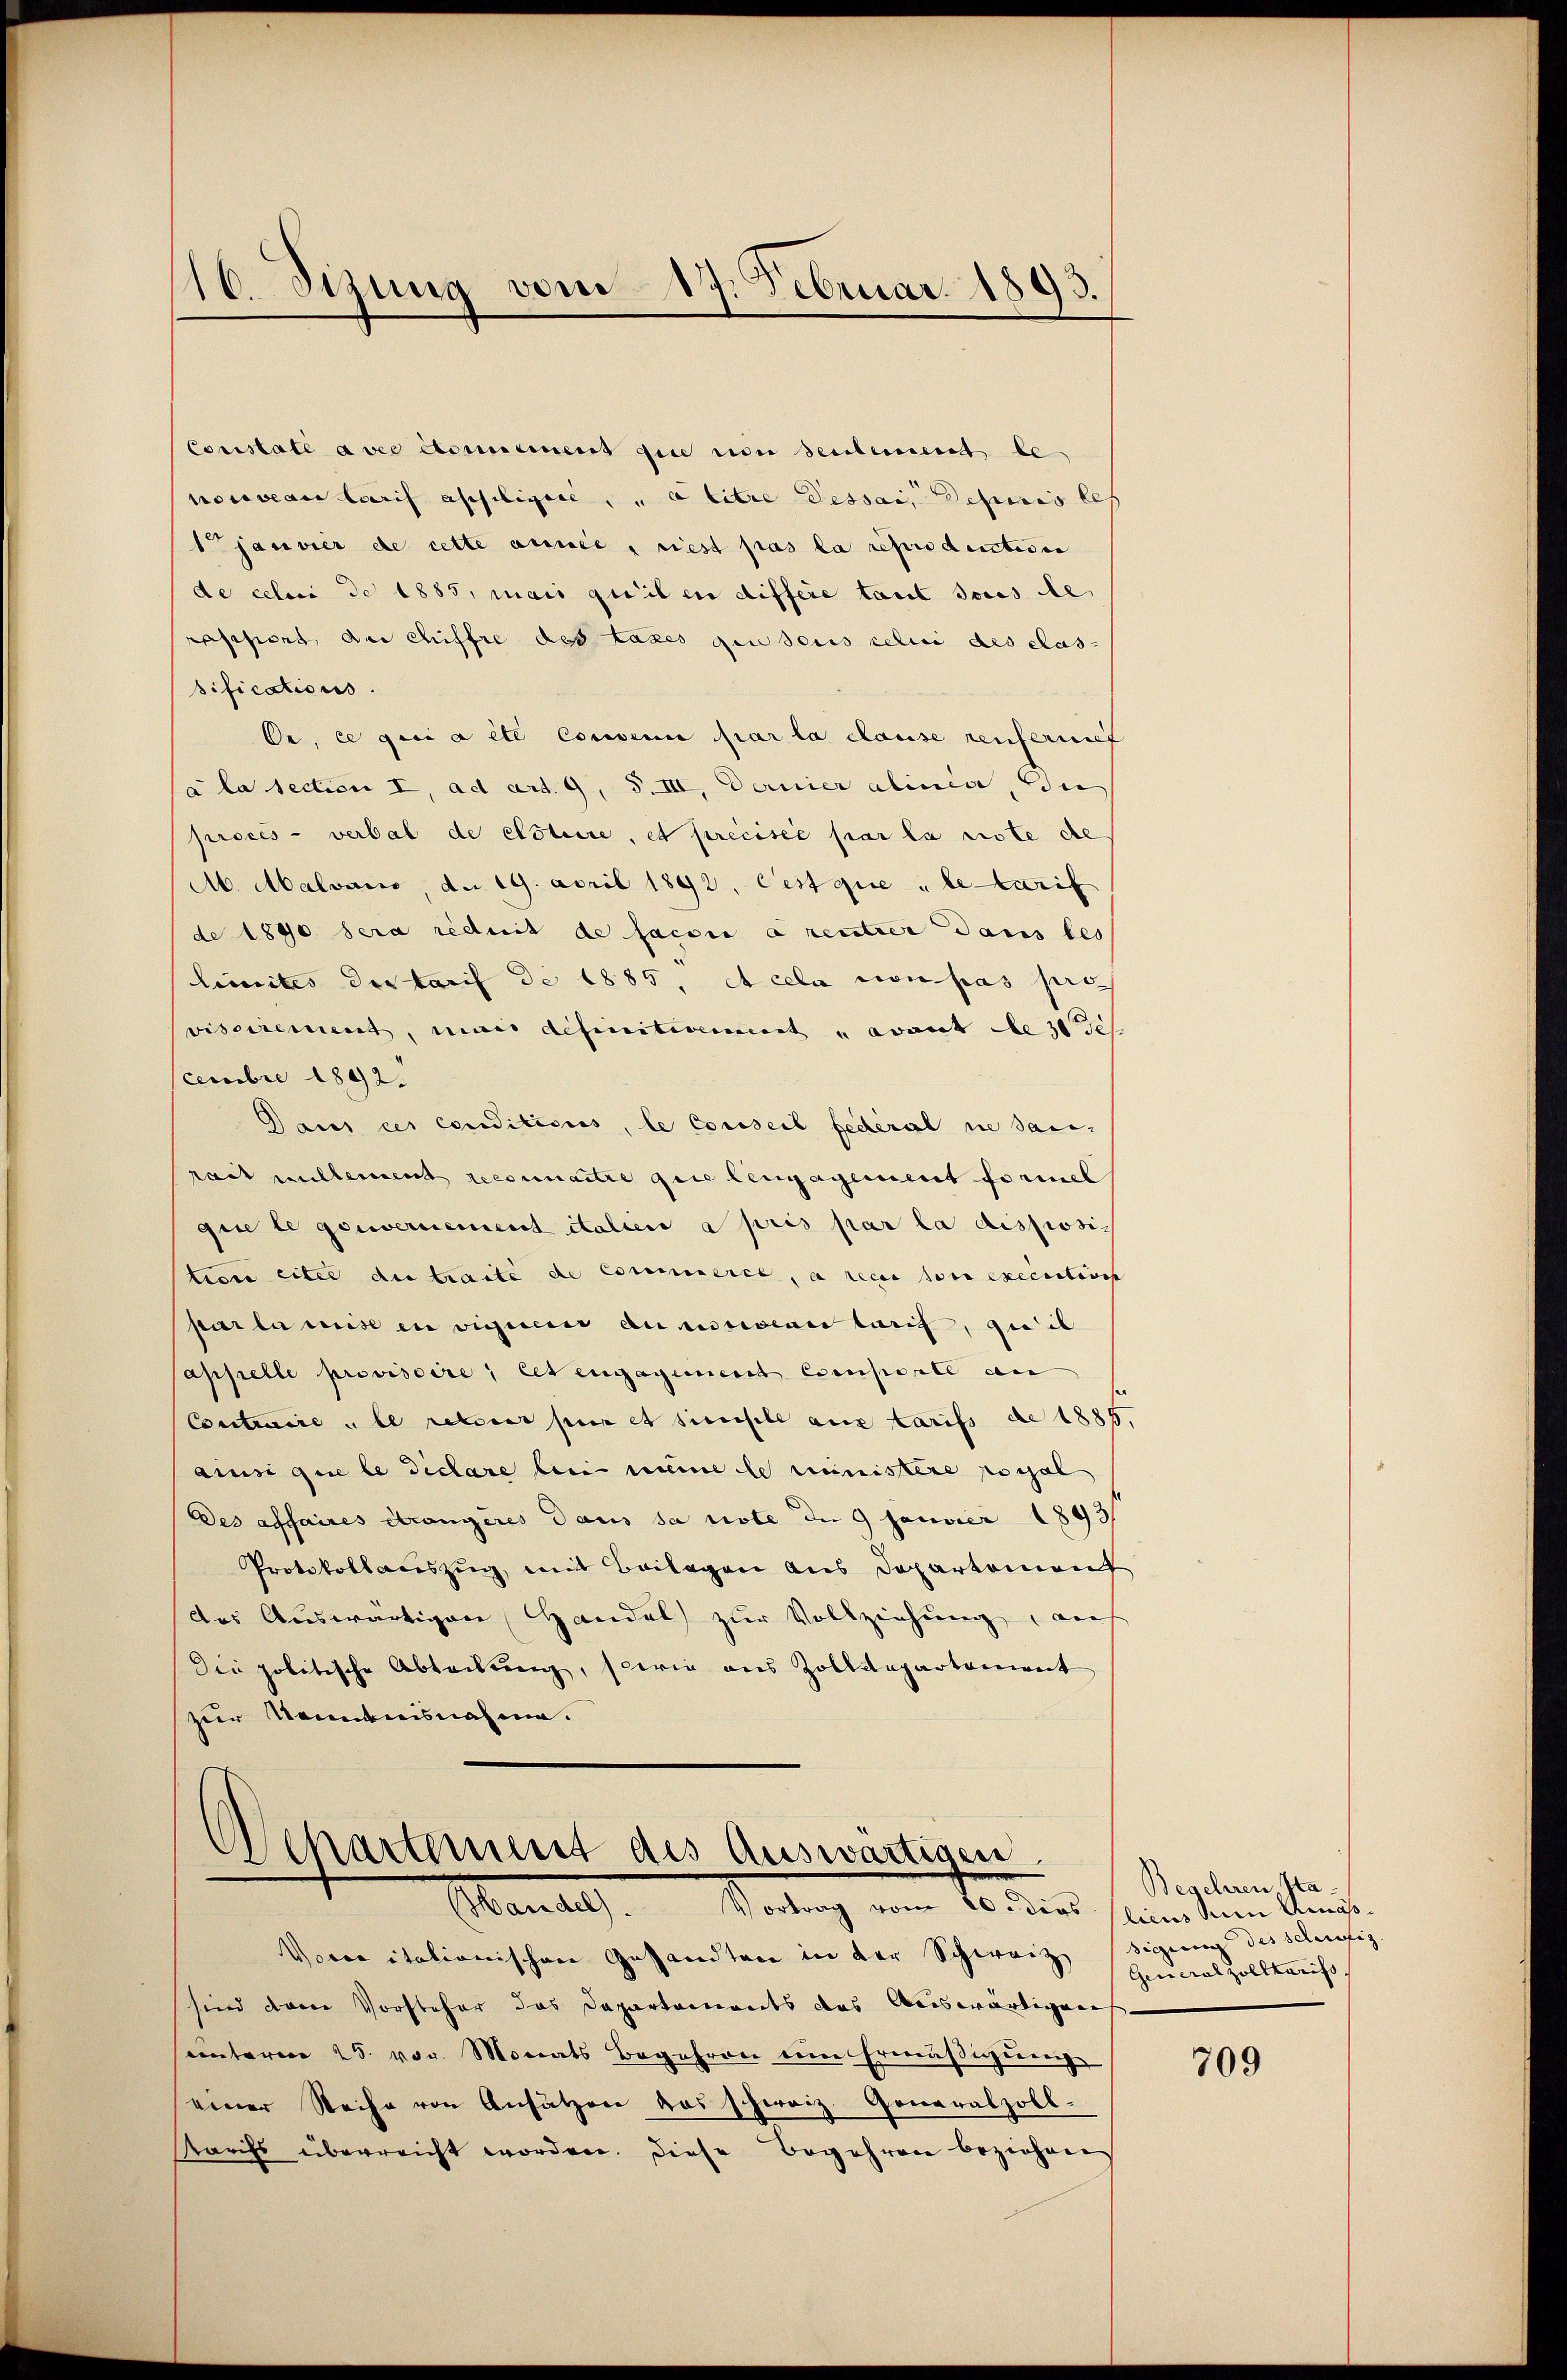
16. Sizung vom 17. Februar 1893.

Constate avec continent die von seulement le
nouveau tarif appeligice, à titre Dessai, Deparis les
1 janvier de cette année, riest pas la reproduction
de celui de 1885, mais quilen differe taut sous le
rassiert der Chiffre des taxes que sous celui des Clas-
sifications.
Oe, ce qui a été conveni par la clause renferief
a la section I, ad art. 9, S. III, Dernier alinie, die
procès-verbal de citiere, et précisée par la note de
M. Malvano, da 19. April 1892. Cest que le tutrif
de 1890 sera réduit de facon a rentier dans les
limites der Tarif de 1885, et cela non pas pro
visoirement, mais definitivement u avant de 30
cembre 1892.
Dans ces conditions, le Conseil federal nie dann
rait millement reconnaitre que lengagement formel
gine le gouvernement italien a pris par la disposi
tion eiter der traite de commerce, a reces son execution
par la mise in viguenir de rescienni tarif, que il
appelle provisoire; cet engagemeint compete an
Contraire le retier pur et sichele aus tarifs de 1885,
ainsi que le declare bei meine le ministere possel
Des affaires étrangères dans sa note de 9 Janvier 1893
Protokollauszug, mit Beilagen aus Departement
des Auswärtigen Handel zur Vollziehung, auf
Die politische Abtadung, sowie aus Zolldepartement
zur Kenntnisnahme.

Departement des Auswärtigen.
Handel. Vortrag vom 20. dies

Worce itationischen Gesandten in der Schweiz
sind dann Vorsteher das Departements das Auswärtigung
sunterm 25. vor. Monats Begehren ein Ermäßigung
einer Weihe von Ansätzen das schweiz. Generalzoll-
Karifs überreicht worden. Diese Begehren beziehen

Begehren Sta
licus in Amäß
ung des scherfig.
General zolltaris

709